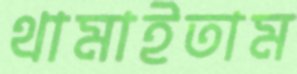
থামাইতাম